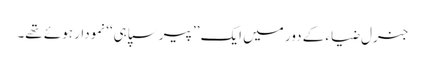
جنرل ضیاء کے دور میں ایک ’’پیرسپاہی‘‘ نمودار ہوئے تھے۔